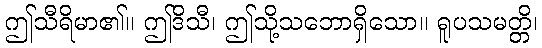
ဤသီရိမာ၏။ ဤဒိသီ၊ ဤသို့သဘောရှိသော။ ရူပသမတ္တိ၊